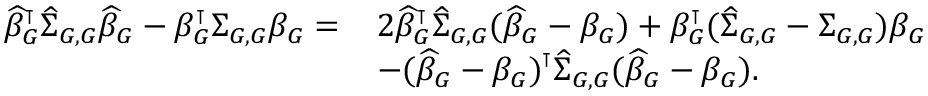
\small \begin{array} { r l } { \widehat { \beta } _ { G } ^ { \intercal } \widehat { \Sigma } _ { G , G } \widehat { \beta } _ { G } - \beta _ { G } ^ { \intercal } \Sigma _ { G , G } \beta _ { G } = } & { 2 \widehat { \beta } _ { G } ^ { \intercal } \widehat { \Sigma } _ { G , G } ( \widehat { \beta } _ { G } - \beta _ { G } ) + \beta _ { G } ^ { \intercal } ( \widehat { \Sigma } _ { G , G } - \Sigma _ { G , G } ) \beta _ { G } } \\ & { - ( \widehat { \beta } _ { G } - \beta _ { G } ) ^ { \intercal } \widehat { \Sigma } _ { G , G } ( \widehat { \beta } _ { G } - \beta _ { G } ) . } \end{array}